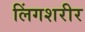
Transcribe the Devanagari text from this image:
लिंगशरीर